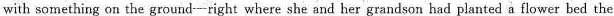
with something on the ground—right where she and her grandson had planted a flower bed the